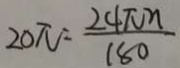
2 0 \pi = \frac { 2 4 \pi n } { 1 8 0 }